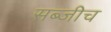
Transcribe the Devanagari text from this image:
सब्जीच